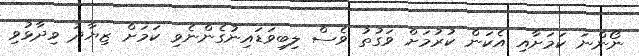
ނޯންނަ ކަމަށާއި އެކަން ކުރުމަށް ވަގުތު ވެސް ލިބިވަޑައިނުގެންނެވި ކަމަށް ޒިޔާދު ވިދާޅުވި